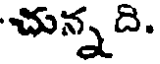
చున్నది.